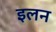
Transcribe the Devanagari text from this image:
इलन